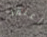
أعتقد